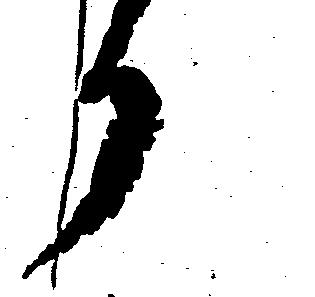
か